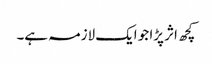
کچھ اثر پڑا جو ایک لازمہ ہے۔